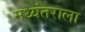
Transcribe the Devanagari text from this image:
मध्यंतराला